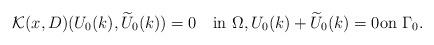
LaTeX: \begin{align*}\mathcal K(x,D)(U_{0}(k),\widetilde U_{0}(k))=0\quad\mbox{in}\,\,\Omega,U_{0}(k)+\widetilde U_{0}(k)=0\mbox{on}\,\,\Gamma_0.\end{align*}